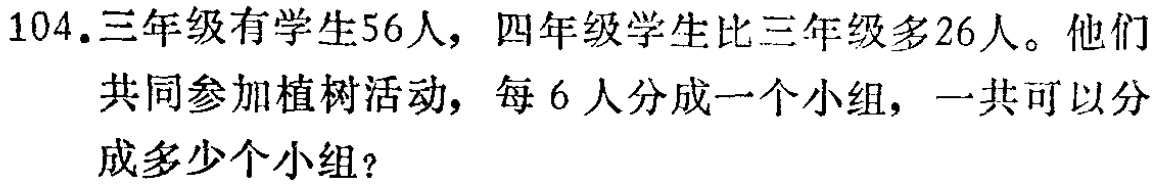
104.三年级有学生56人，四年级学生比三年级多26人。他们共同参加植树活动，每6人分成一个小组，一共可以分成多少个小组？